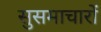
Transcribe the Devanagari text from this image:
सुसमाचारों